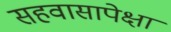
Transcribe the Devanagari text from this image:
सहवासापेक्षा